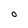
Character: 0